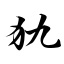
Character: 犰